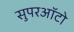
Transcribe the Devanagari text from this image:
सुपरऑटो